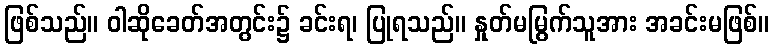
ဖြစ်သည်။ ဝါဆိုခေတ်အတွင်း၌ ခင်းရ၊ ပြုရသည်။ နှုတ်မမြွက်သူအား အခင်းမဖြစ်။